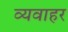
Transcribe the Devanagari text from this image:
व्यवाहर